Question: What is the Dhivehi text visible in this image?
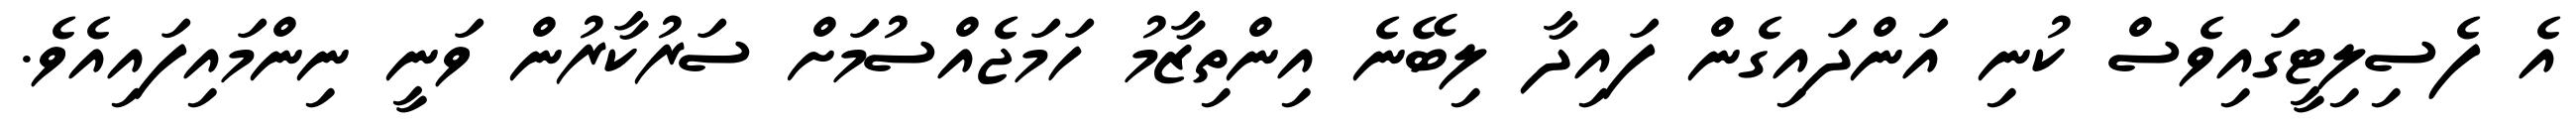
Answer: އެ ފެސިލިޓީގައިވެސް ކުނި އަންދައިގެން ފައިދާ ލިބޭނެ އިންތިޒާމު ހަމަޖެއްސުމަށް ސަރުކާރުން ވަނީ ނިންމައިފައިއެވެ.